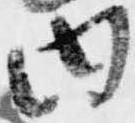
内